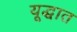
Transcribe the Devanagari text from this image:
यूद्धात